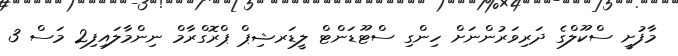
މާފުށީ ސްކޫލްގެ ދަރިވަރުންނަށް ހިންގި ސްޓޫޑަންޓް ލީޑަރޝިޕް ޕްރޮގްރާމް ނިންމާލައިފި2 މަސް 3